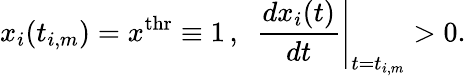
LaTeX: x_{i}(t_{i,m})=x^{\mathrm{thr}}\equiv 1\, ,\, \, \, \left.\frac{dx_{i}(t)}{dt}\right|_{t=t_{i,m}}>0.